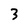
Character: 3